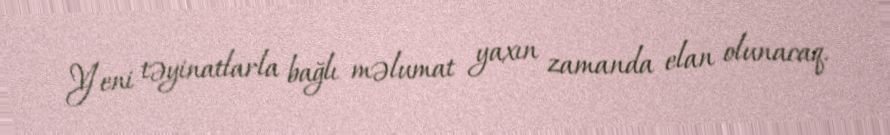
Yeni təyinatlarla bağlı məlumat yaxın zamanda elan olunacaq.